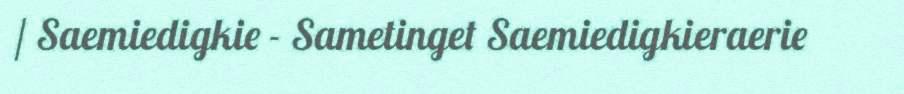
/ Saemiedigkie - Sametinget Saemiedigkieraerie